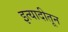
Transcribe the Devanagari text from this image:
इत्यादीतून